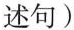
述句)